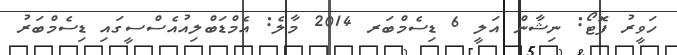
ހަވީރު ފޮޓޯ: ނިޝާން އަލީ 6 ޑިސެމްބަރ 2014 މާލެ: އެމްޑަބްލިއުއެސްސީގައި ޑިސެމްބަރު